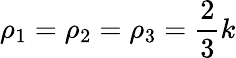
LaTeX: \rho_{1}=\rho_{2}=\rho_{3}=\frac{2}{3}k